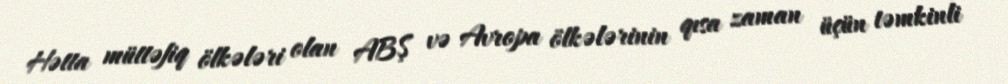
Hətta müttəfiq ölkələri olan ABŞ və Avropa ölkələrinin qısa zaman üçün təmkinli